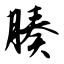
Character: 腠